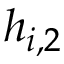
h _ { i , 2 }